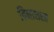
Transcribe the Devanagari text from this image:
विनाशरत